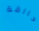
حارقة